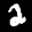
Label: 2